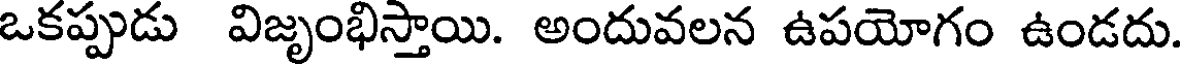
ఒకప్పుడు విజృంభిస్తాయి. అందువలన ఉపయోగం ఉండదు.